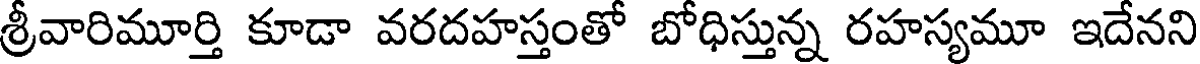
శ్రీవారిమూర్తి కూడా వరదహస్తంతో బోధిస్తున్న రహస్యమూ ఇదేనని